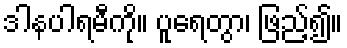
ဒါနပါရမီကို။ ပူရေတွာ၊ ဖြည့်၍။